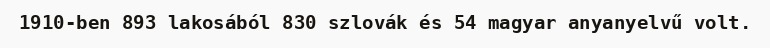
1910-ben 893 lakosából 830 szlovák és 54 magyar anyanyelvű volt.